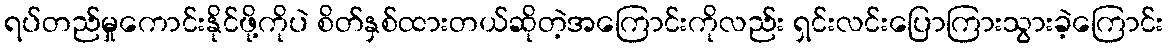
ရပ်တည်မှုကောင်းနိုင်ဖို့ကိုပဲ စိတ်နှစ်ထားတယ်ဆိုတဲ့အကြောင်းကိုလည်း ရှင်းလင်းပြောကြားသွားခဲ့ကြောင်း